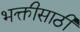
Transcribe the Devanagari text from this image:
भक्तीसाठी